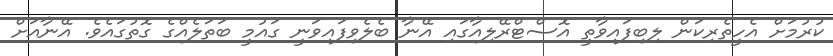
ކުރުމަށް އެހީތެރިކަން ލިބިފައިވާތީ އޮސްޓްރޭލިއާގައި އޭނާ ބެލެވިފައިވަނީ ގައުމީ ބަތަލެއްގެ ގޮތުގައެވެ. އޭނާއަށް